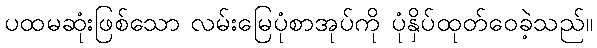
ပထမဆုံးဖြစ်သော လမ်းမြေပုံစာအုပ်ကို ပုံနှိပ်ထုတ်ဝေခဲ့သည်။